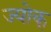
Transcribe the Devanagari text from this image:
ज्योक्